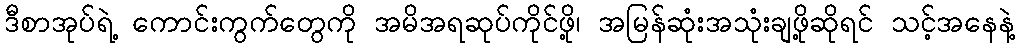
ဒီစာအုပ်ရဲ့ ကောင်းကွက်တွေကို အမိအရဆုပ်ကိုင်ဖို့၊ အမြန်ဆုံးအသုံးချဖို့ဆိုရင် သင့်အနေနဲ့